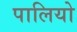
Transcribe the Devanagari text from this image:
पालियो